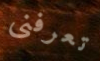
تعرفنى